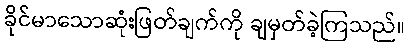
ခိုင်မာသောဆုံးဖြတ်ချက်ကို ချမှတ်ခဲ့ကြသည်။